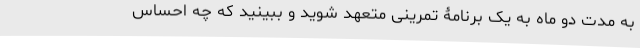
به مدت دو ماه به یک برنامۀ تمرینی متعهد شوید و ببینید که چه احساس